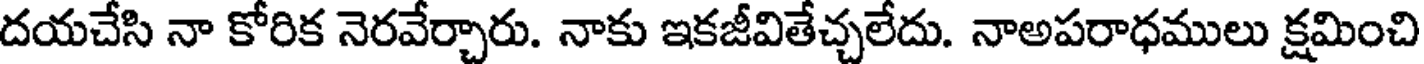
దయచేసి నా కోరిక నెరవేర్చారు. నాకు ఇకజీవితేచ్చలేదు. నాఅపరాధములు క్షమించి